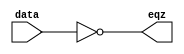
`timescale 1ns / 1ps
//////////////////////////////////////////////////////////////////////////////////
// Company: 
// Engineer: 
// 
// Design Name: 
// Module Name:    COMP 
// Project Name: 
// Target Devices: 
// Tool versions: 
// Description: 
//
// Dependencies: 
//
// Revision: 
// Revision 0.01 - File Created
// Additional Comments: 
//
//////////////////////////////////////////////////////////////////////////////////
module EQZ(eqz,data);
input [15:0]data;
output eqz;
assign eqz=(data==0);
endmodule